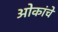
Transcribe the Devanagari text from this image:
ओकांचे